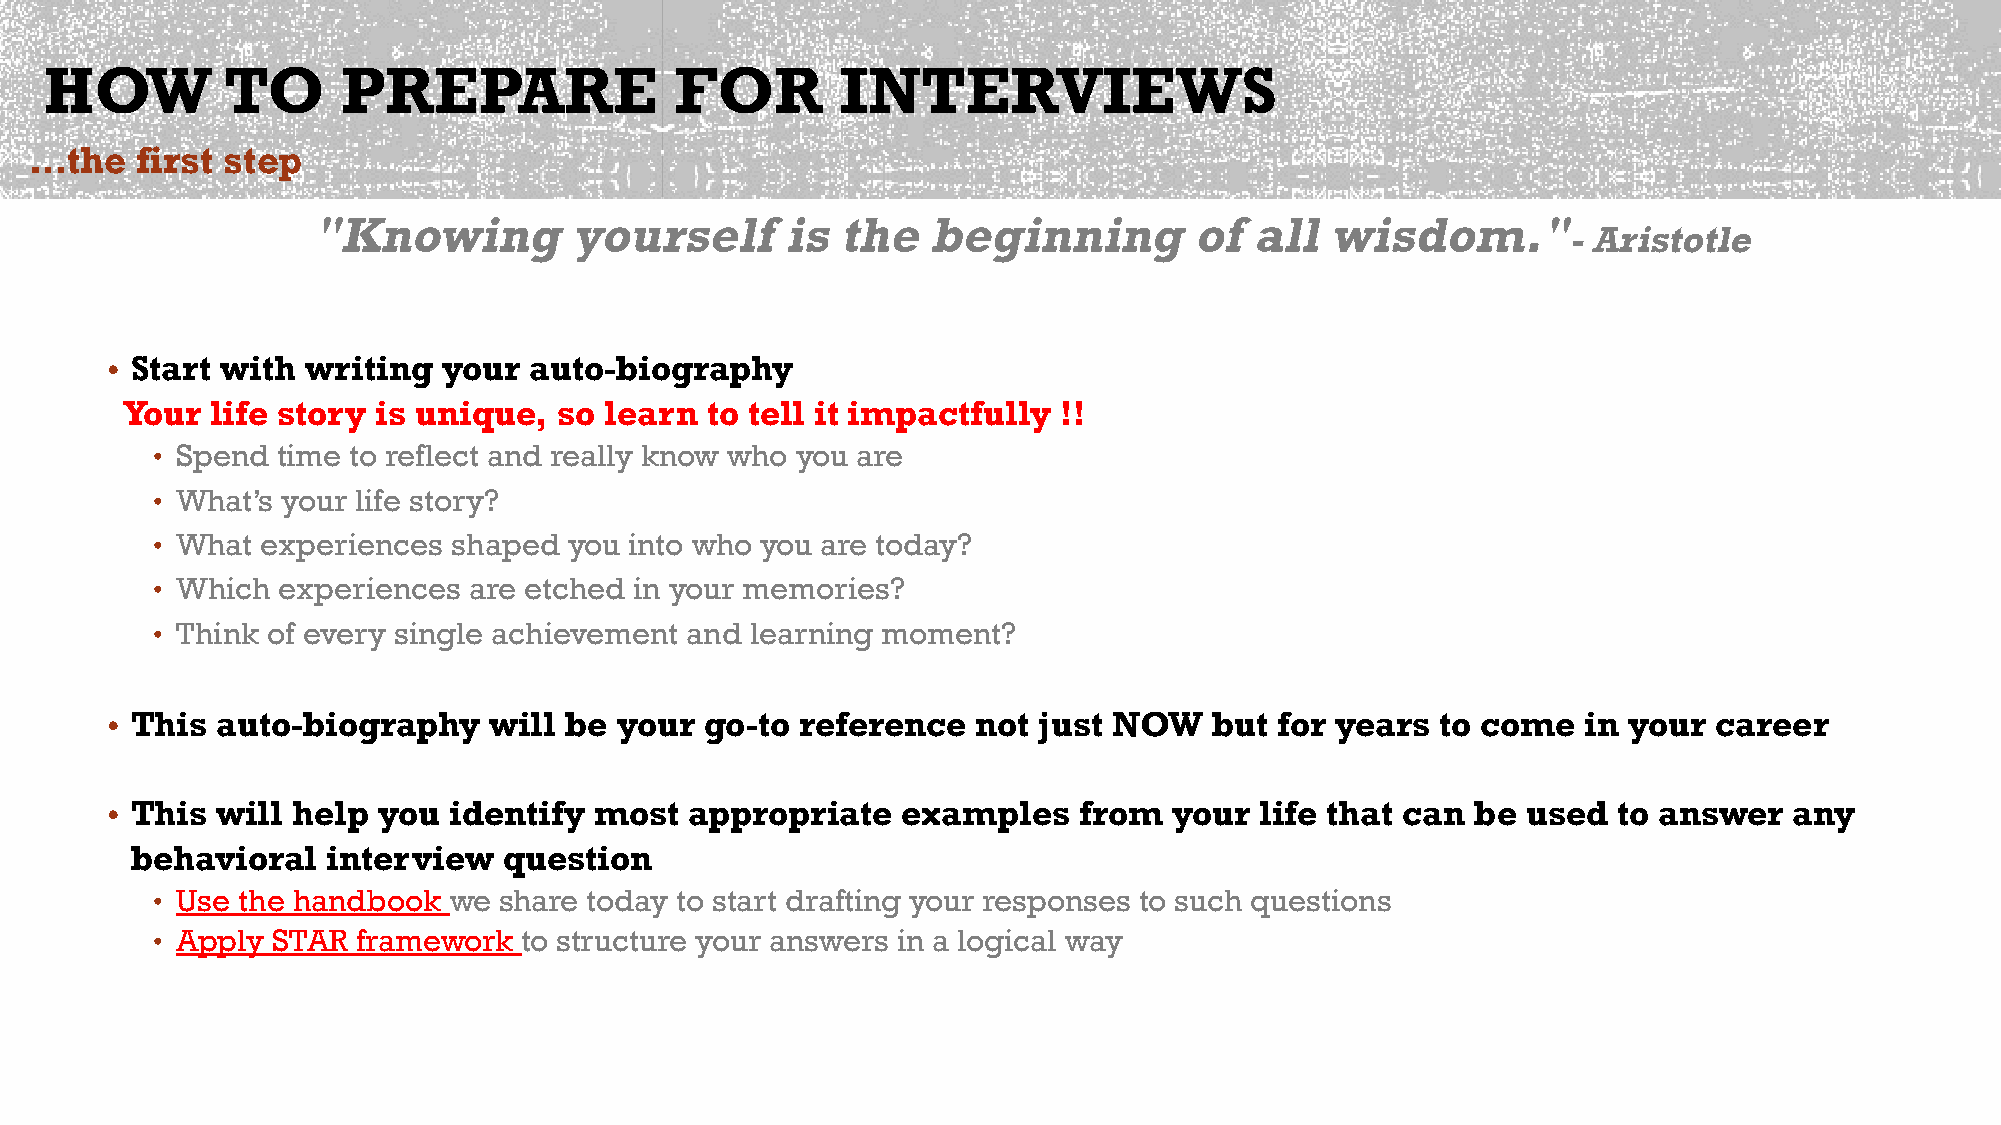
HOW         TO      PREPARE               FOR        INTERVIEWS
 …the   first step
 "Knowing         yourself      is  the  beginning         of  all  wisdom."
 - Aristotle
 • Start with writing  your  auto-biography
 Your  life story is unique,  so learn  to tell it impactfully !!
 • Spend time to reflect and really know who you are
 • What’s your life story?
 • What experiences  shaped  you into who you are today?
 • Which experiences  are etched in your memories?
 • Think of every single achievement and learning moment?
 • This auto-biography    will be  your  go-to reference   not just NOW   but  for years to come   in your  career
 • This will help  you  identify most   appropriate   examples   from   your life that can  be used  to answer   any
 behavioral   interview  question
 • Use the handbook  we share today to start drafting your responses to such questions
 • Apply STAR  framework  to structure your answers in a logical way